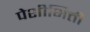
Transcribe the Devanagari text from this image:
पेशीभित्ती